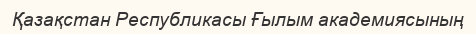
Қазақстан Республикасы Ғылым академиясының